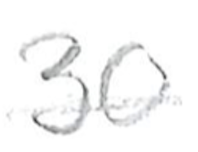
Text: 30
Cross-out: single-line
Writing tool: pencil